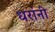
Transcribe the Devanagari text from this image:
धरांनी